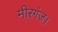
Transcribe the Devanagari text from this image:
मीरगंज।